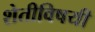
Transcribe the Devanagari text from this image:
शेतीविषयी